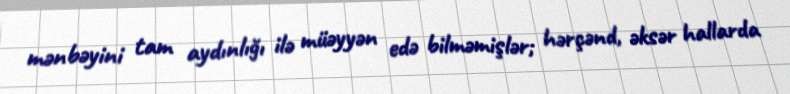
mənbəyini tam aydınlığı ilə müəyyən edə bilməmişlər; hərçənd, əksər hallarda